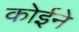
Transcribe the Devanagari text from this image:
कोईने